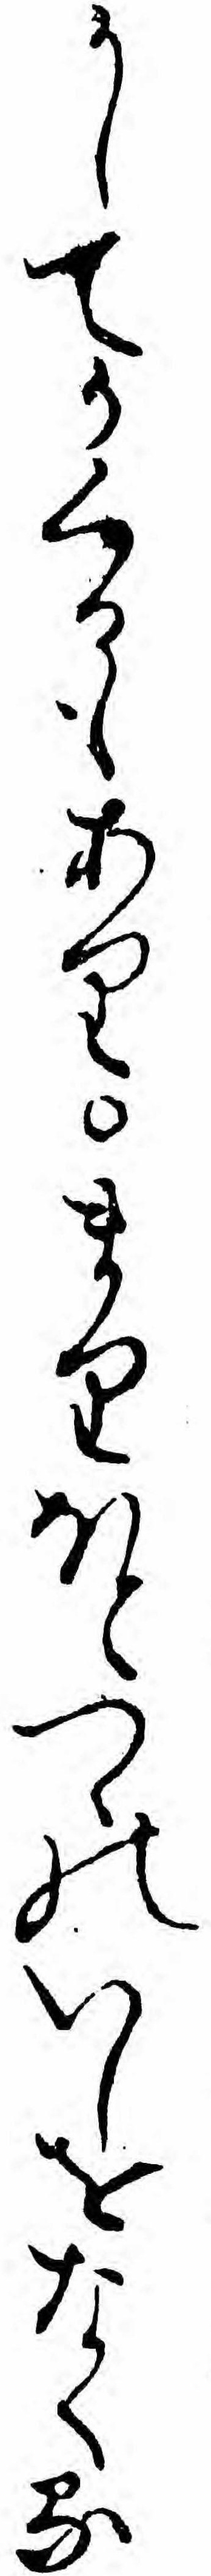
かしてかくるもありまりほとつゝのいしをなくる